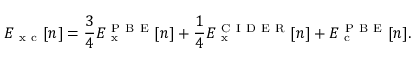
E _ { \mathrm { ~ x ~ c ~ } } [ n ] = \frac { 3 } { 4 } E _ { \mathrm { ~ x ~ } } ^ { \mathrm { ~ P ~ B ~ E ~ } } [ n ] + \frac { 1 } { 4 } E _ { \mathrm { ~ x ~ } } ^ { \mathrm { ~ C ~ I ~ D ~ E ~ R ~ } } [ n ] + E _ { \mathrm { ~ c ~ } } ^ { \mathrm { ~ P ~ B ~ E ~ } } [ n ] .